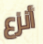
أنزع